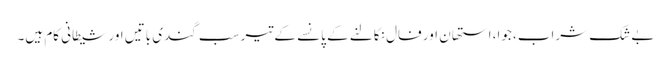
بے شک شراب، جوا، استھان اور فال نکالنے کے پانسے کے تیر سب گندی باتیں اور شیطانی کام ہیں۔